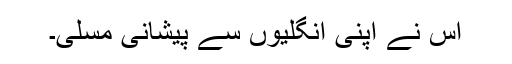
اس نے اپنی انگلیوں سے پیشانی مسلی۔